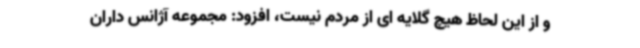
و از این لحاظ هیچ گلایه ای از مردم نیست، افزود: مجموعه آژانس داران